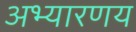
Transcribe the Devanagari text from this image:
अभ्‍यारणय